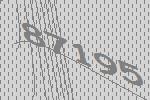
87195